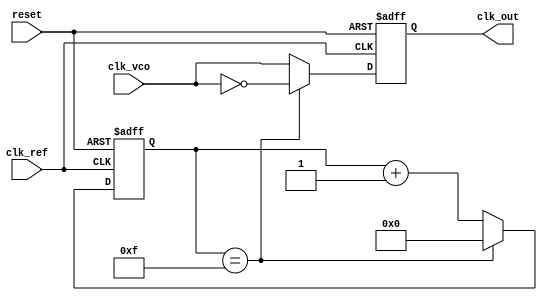
module dpll (
    input wire clk_ref,          // Reference Clock Input
    input wire clk_vco,          // VCO Output Clock Input
    input wire reset,            // Reset signal
    output reg clk_out           // Output Clock Signal
);

// Parameters for Loop Filter
parameter N = 4;                // Number of bits for error signal
parameter M = 8;                // Number of bits for VCO control
parameter MEMORY_SIZE = 16;     // Size of memory block

// Phase Detector
reg [N-1:0] phase_error;        // Phase error signal

// Loop Filter
reg [M-1:0] filter_output;      // Filter output signal

// Voltage Controlled Oscillator (VCO)
reg [M-1:0] vco_control;        // Control signal for VCO
reg [M-1:0] vco_frequency;      // VCO frequency output

// Memory Block
reg [M-1:0] memory[0:MEMORY_SIZE-1]; // Memory array for storing calibration

// Frequency Divider (optional)
reg [3:0] divider_count;        // Simple frequency divider counter
wire clk_divided;

// Simple frequency divider
assign clk_divided = (divider_count == 4'b1111) ? ~clk_vco : clk_vco;

always @(posedge clk_ref or posedge reset) begin
    if (reset) begin
        phase_error <= 0;
        filter_output <= 0;
        vco_control <= 0;
        divider_count <= 0;
        clk_out <= 0;
    end else begin
        // Phase Detector Logic (simple XOR example for illustration)
        phase_error <= (clk_ref ^ clk_vco) ? 1 : 0;

        // Loop Filter Logic (simple integrator for illustration)
        filter_output <= filter_output + phase_error;

        // VCO Control Logic
        vco_control <= filter_output; // Control VCO frequency

        // Update VCO Frequency (simple example)
        vco_frequency <= vco_control; // In a real design, this would drive the VCO

        // Memory Block Example (store and retrieve calibration values)
        // For demonstration, we just store the filter output
        memory[divider_count] <= filter_output;

        // Frequency Division Logic
        if (divider_count == 4'b1111)
            divider_count <= 0;
        else
            divider_count <= divider_count + 1;

        // Output Clock Signal
        clk_out <= clk_divided;
    end
end

endmodule